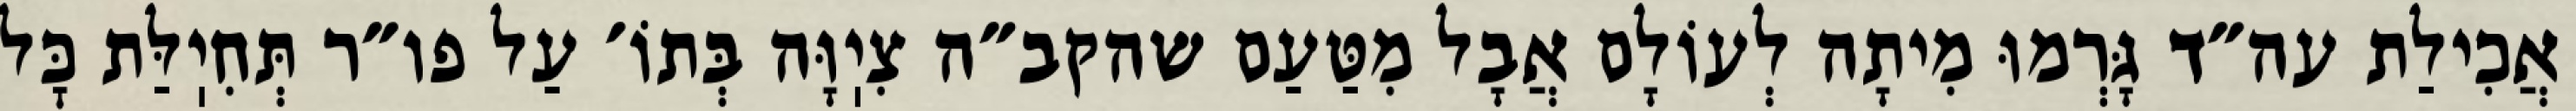
אֲכִילַת עה״ד גָּרְמוּ מִיתָה לְעוֹלָם אֲבָל מִטַּעַם שהקב״ה צִיֽוָּה בְּתוֹ׳ עַל פו״ר תְּחִיֽלַּת כׇּל